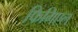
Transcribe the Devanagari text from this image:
फिगिएल